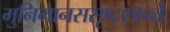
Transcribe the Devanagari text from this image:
मुनिमानससृष्टशान्तेः